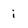
Character: i